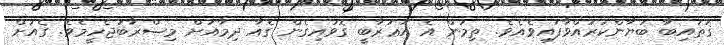
ޤުތައިބާ ބަޔާންކުރައްވާފައިވެއެވެ. ތިމަން އެ އަޢުރާބީ ގޮވައިގެން ގެއާ ދިމާއަށް މިޞްރާބުޖެހީމެވެ. ގެއަށް